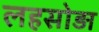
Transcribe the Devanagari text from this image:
लहसोड़ा